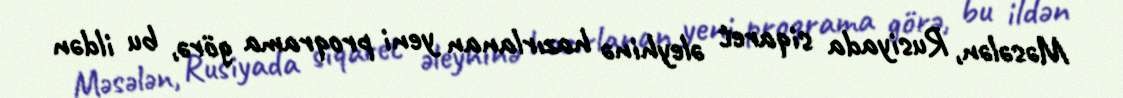
Məsələn, Rusiyada siqaret əleyhinə hazırlanan yeni proqrama görə, bu ildən